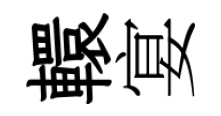
轘宴